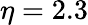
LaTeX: \eta=2.3